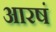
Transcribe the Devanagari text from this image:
आरषं